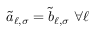
\tilde { a } _ { \ell , \sigma } = \tilde { b } _ { \ell , \sigma } \; \forall \ell